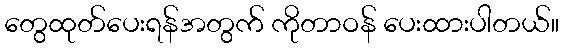
တွေထုတ်ပေးရန်အတွက် ကိုတာဝန် ပေးထားပါတယ်။